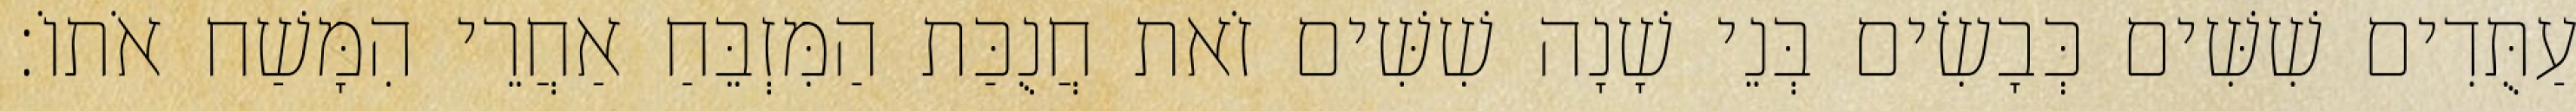
עַתֻּדִים שִׁשִּׁים כְּבָשִׂים בְּנֵי שָׁנָה שִׁשִּׁים זֹאת חֲנֻכַּת הַמִּזְבֵּחַ אַחֲרֵי הִמָּשַׁח אֹתוֹ׃